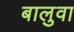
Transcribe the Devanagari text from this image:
बालुवा